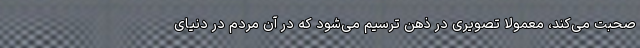
صحبت می‌کند، معمولاً تصویری در ذهن ترسیم می‌شود که در آن مردم در دنیای